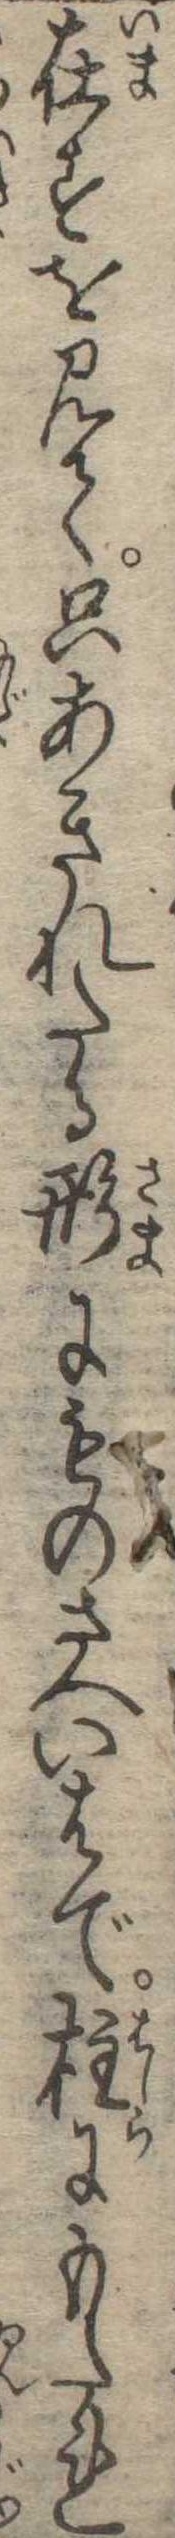
在すを見て只あきれたる形にものさへいはで柱にもたれ